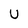
Character: U